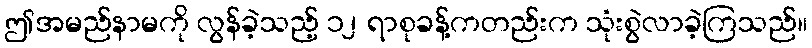
ဤအမည်နာမကို လွန်ခဲ့သည့် ၁၂ ရာစုခန့်ကတည်းက သုံးစွဲလာခဲ့ကြသည်။